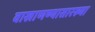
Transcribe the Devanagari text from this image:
वाखाणण्यासारख्या